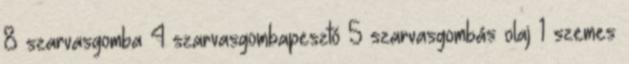
8 szarvasgomba 4 szarvasgombapesztó 5 szarvasgombás olaj 1 szemes